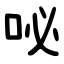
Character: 咇